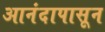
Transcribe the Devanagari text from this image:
आनंदापासून